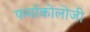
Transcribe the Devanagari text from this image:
फर्माकोलोजी